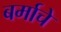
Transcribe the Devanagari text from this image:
बर्माचे